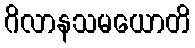
ဂိလာနသမယောတိ